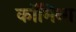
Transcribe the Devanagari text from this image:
कॉमिन्ग